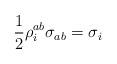
LaTeX: \begin{align*} \frac12 \rho_{i}^{ab}\sigma_{ab} = \sigma_i\end{align*}